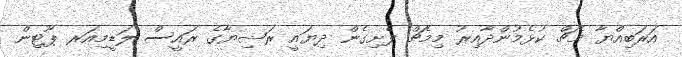
އަރަބިއްޔާ މެޗް ކުޅެމުންދާއިރު މިމެޗް ފެށިގެން ދިޔައީ ރަޝިޔާގެ ރައީސް ލަޑީމިއަރ ޕޫޓިން